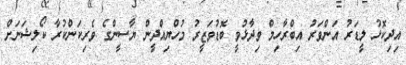
އިދިކޮޅު ލީޑަރު އަންވަރު އިބްރާހިމް ވިދާޅުވީ ބޮޑުވަޒީރު މުހްޔިއްދީން ޔާސީންގެ ވެރިކަންކުރާ ކޯލިޝަނަށް